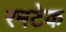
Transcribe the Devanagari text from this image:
रमटेक